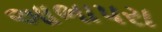
આભાપરા